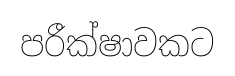
පරීක්ෂාවකට